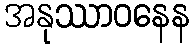
အနုဿာဝနေန